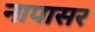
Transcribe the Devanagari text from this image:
नापासर